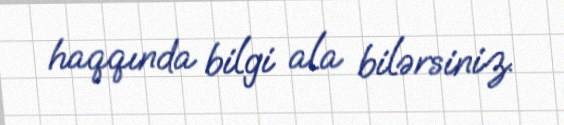
haqqında bilgi ala bilərsiniz.